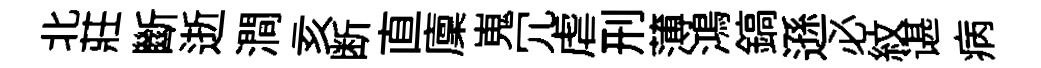
北莊斷逝澗亥断直廩嵬冗虐刑薄鴻鎬遜必紋谌病